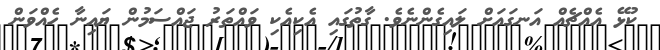
ކުޅޭ އެއްޗެއް އަނގައަށް ލައިގެންނެވެ. ގާތުގައި އެކިއެކި ވައްތަރު ޖައްސަމުން ޔައިނާ ހެއްވަން